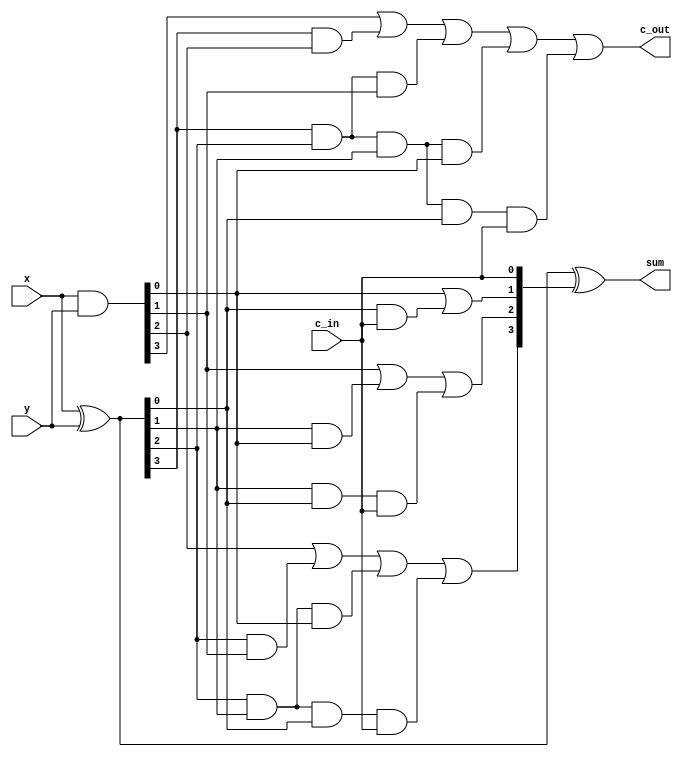
`timescale 1ns / 1ps
//////////////////////////////////////////////////////////////////////////////////
// Company: 
// Engineer: 
// 
// Design Name: 
// Module Name:    sixteen_CLA 
// Project Name: 
// Target Devices: 
// Tool versions: 
// Description: 
//
// Dependencies: 
//
// Revision: 
// Revision 0.01 - File Created
// Additional Comments: 
//
//////////////////////////////////////////////////////////////////////////////////
module CLA(c_out,sum,x,y,c_in);
input [3:0] x ,y;
input c_in;
output [3:0] sum;
output c_out;
wire [3:0] G,P,C;
assign G = x&y;
assign P = x^y;
wire c1 ,c2 ,c3;
assign C[0] = c_in;
assign C[1] = G[0] | (P[0]&C[0]);
assign C[2] = G[1] | (P[1]&G[0]) | (P[1]&P[0]&C[0]) ;
assign C[3] = G[2] | (P[2]&G[1]) | (P[2]&P[1]&G[0]) | (P[2]&P[1]&P[0]&C[0]);
assign c_out = G[3]| (P[3]&G[2]) | (P[3]&P[2]&G[1]) | (P[3]&P[2]&P[1]&G[0]) | (P[3]&P[2]&P[1]&P[0]&C[0]);
assign sum = P ^ C;
endmodule
module sixteen_CLA(c_out,sum,x,y,c_in);
input [15:0] x , y;
input c_in;
output [15:0] sum;
output c_out;
wire w1 , w2 ,w3;
CLA A(w1,sum[3:0],x[3:0],y[3:0],c_in);
CLA B(w2,sum[7:4],x[7:4],y[7:4],w1);
CLA C(w3,sum[11:8],x[11:8],y[11:8],w2);
CLA D(c_out,sum[15:12],x[15:12],y[15:12],w3);
endmodule